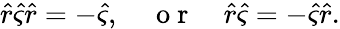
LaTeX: \hat{r}\hat{\varsigma}\hat{r}=-\hat{\varsigma},\quad\mathrm{~o~r~}\quad\hat{r}\hat{\varsigma}=-\hat{\varsigma}\hat{r}.